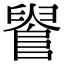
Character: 𨺫